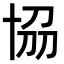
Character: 𠦢